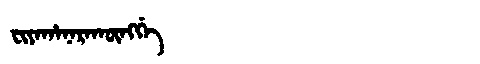
Manchu: ᠸᡳᠶᠠᡥᠠᠨᠠᡵᠠᡴᡡᠩᡤᡝ
Romanization: FIYAHANARAKŪNGGE